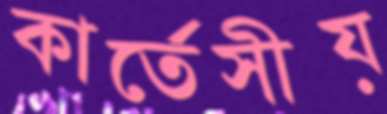
কার্তেসীয়